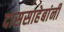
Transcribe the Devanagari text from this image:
दाससाहेबांनी